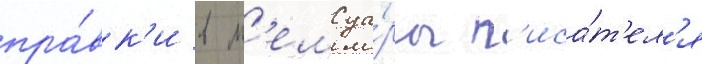
пра́вк'и в м'емуа́ры п'иса́т'ел'я